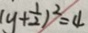
( y + \frac { 1 } { 2 } ) ^ { 2 } = 4